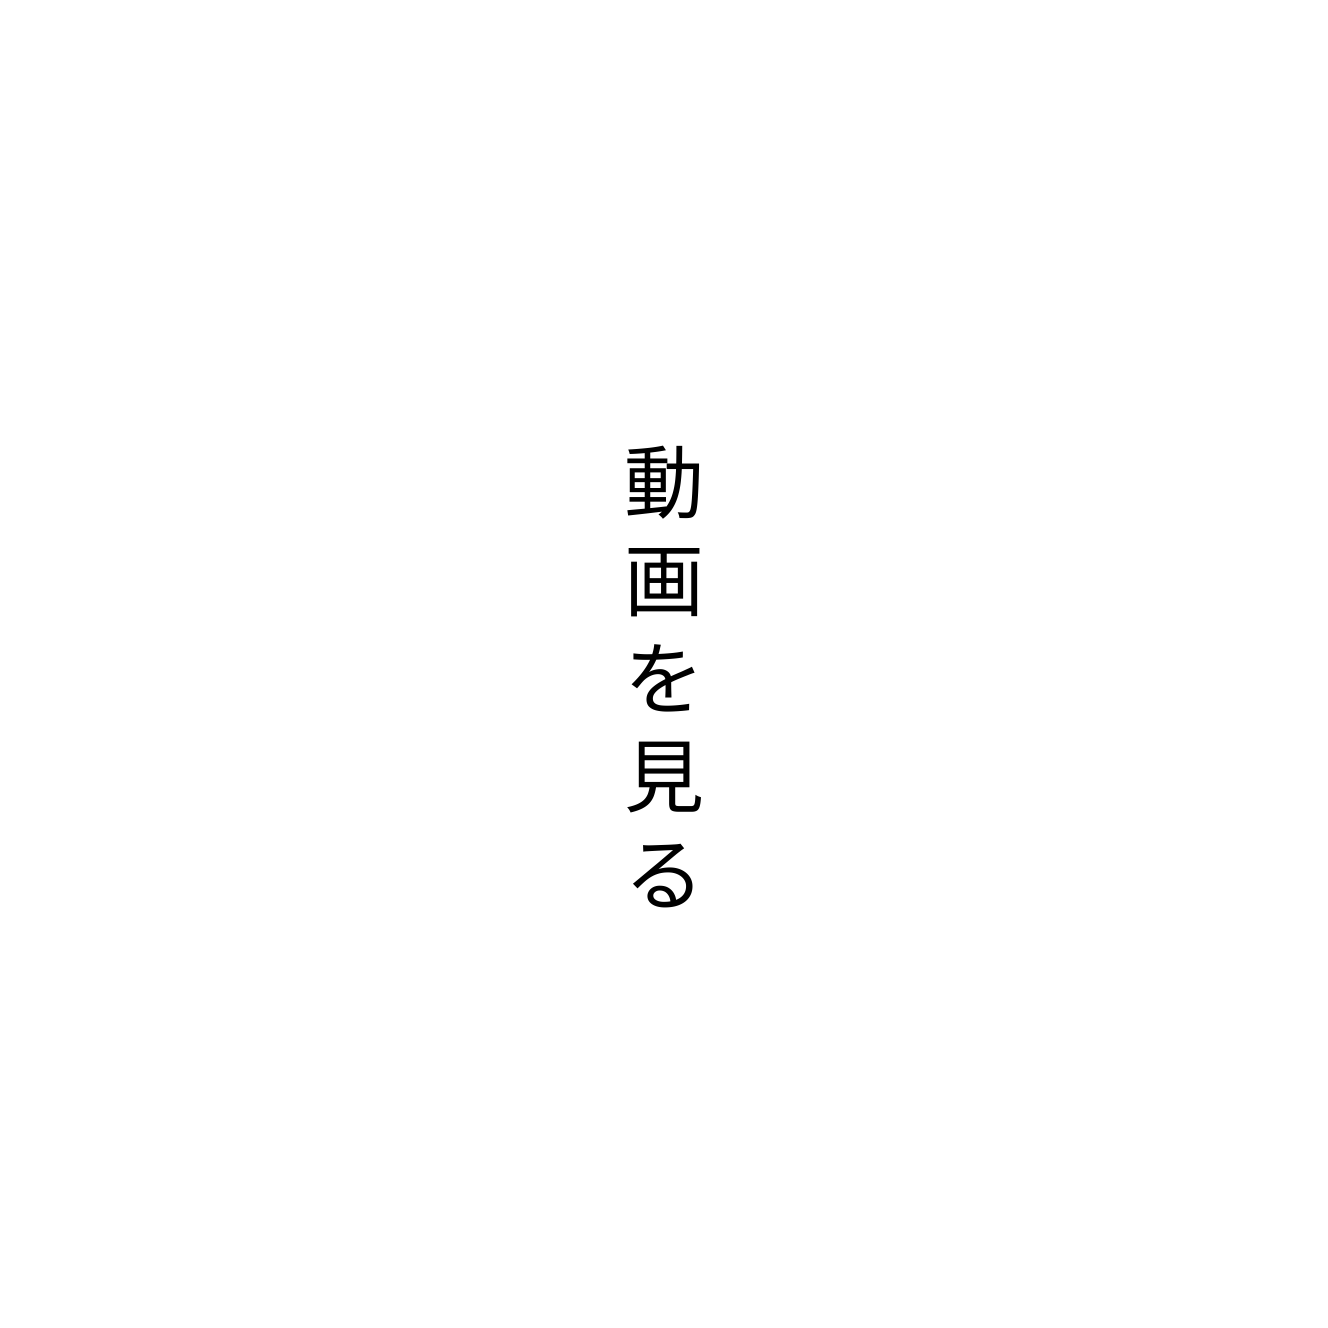
動画を見る